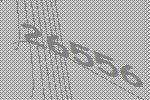
26556